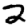
Digit: 2